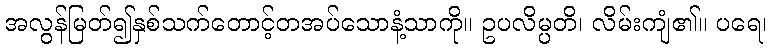
အလွန်မြတ်၍နှစ်သက်တောင့်တအပ်သောနံ့သာကို။ ဥပလိမ္ပတိ၊ လိမ်းကျံ၏။ ပရေ၊